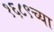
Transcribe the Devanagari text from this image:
१६८९च्या